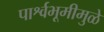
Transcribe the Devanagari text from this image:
पार्श्वभूमीमुळे